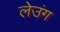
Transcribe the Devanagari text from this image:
लेउंग